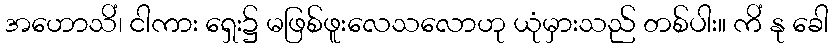
အဟောသိံ၊ ငါကား ရှေး၌ မဖြစ်ဖူးလေသလောဟု ယုံမှားသည် တစ်ပါး။ ကိံ နု ခေါ